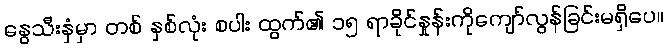
နွေသီးနှံမှာ တစ် နှစ်လုံး စပါး ထွက်၏ ၁၅ ရာခိုင်နှုန်းကိုကျော်လွန်ခြင်းမရှိပေ။